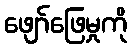
ဖျော်ဖြေမှုကို